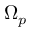
\Omega _ { p }